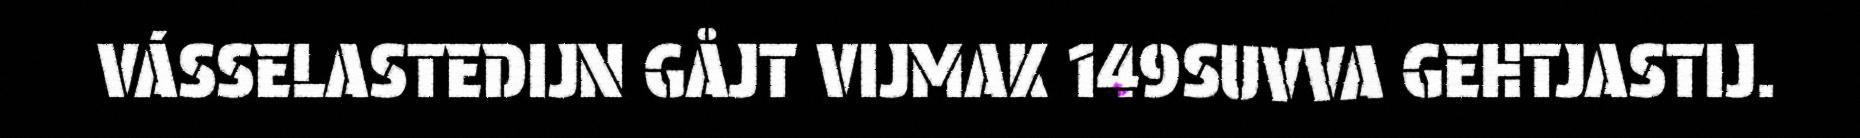
VÁSSELASTEDIJN GÅJT VIJMAK 149SUVVA GEHTJASTIJ.